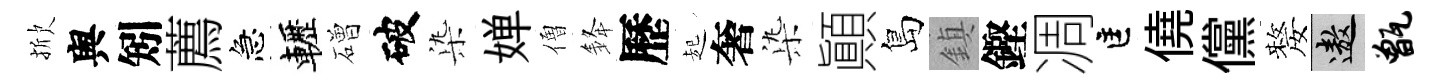
掀舆矧薦急轣磳破𣑱婵僧𨦟歷起奢𣑱顚島鎮鏗凋匡僥儻嫠遨甑